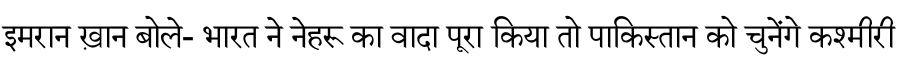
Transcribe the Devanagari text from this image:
इमरान ख़ान बोले- भारत ने नेहरू का वादा पूरा किया तो पाकिस्तान को चुनेंगे कश्मीरी